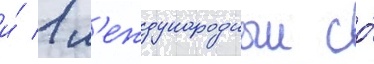
и́ 1 м'еждународныи со́